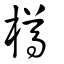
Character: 樽